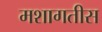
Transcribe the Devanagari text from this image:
मशागतीस